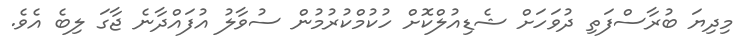
މިދިޔަ ބުރާސްފަތި ދުވަހަށް ޝެޑިއުލްކޮށް ހުކުމްކުރުމުން ސުވާލު އުފައްދާނެ ޖާގަ ލިބެ އެވެ.